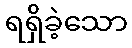
ရရှိခဲ့သော